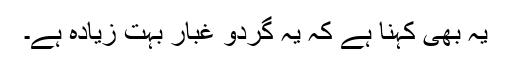
یہ بھی کہنا ہے کہ یہ گردو غبار بہت زیادہ ہے۔